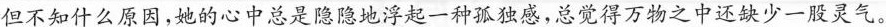
但不知什么原因，她的心中总是隐隐地浮起一种孤独感，总觉得万物之中还缺少一股灵气。